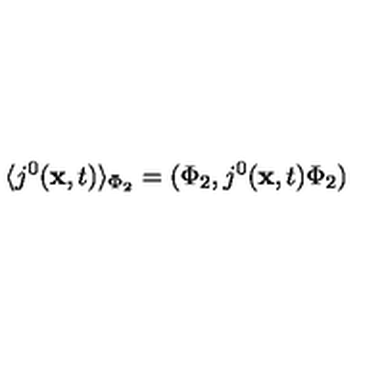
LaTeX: \langle j ^ { 0 } ( { \bf x } , t ) \rangle _ { \Phi _ { 2 } } = ( \Phi _ { 2 } , j ^ { 0 } ( { \bf x } , t ) \Phi _ { 2 } )